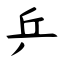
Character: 乒